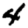
Digit: 4